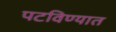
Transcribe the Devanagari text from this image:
पटविण्यात